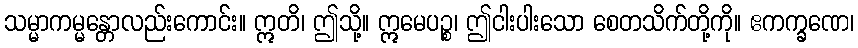
သမ္မာကမ္မန္တောလည်းကောင်း။ ဣတိ၊ ဤသို့။ ဣမေပဉ္စ၊ ဤငါးပါးသော စေတသိက်တို့ကို။ ဧကက္ခဏေ၊